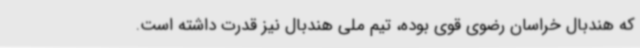
که هندبال خراسان رضوی قوی بوده، تیم ملی هندبال نیز قدرت داشته است.